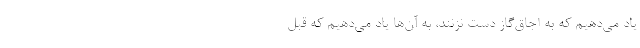
یاد می‌دهیم که به اجاق‌گاز دست نزنند، به آن‌ها یاد می‌دهیم که قبل